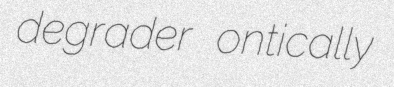
degrader ontically